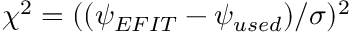
\chi ^ { 2 } = ( ( \psi _ { E F I T } - \psi _ { u s e d } ) / \sigma ) ^ { 2 }